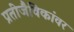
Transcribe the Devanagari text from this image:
प्रतीजैविकांवर